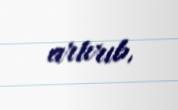
artırıb.